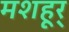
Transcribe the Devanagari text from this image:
मशहूर्